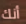
أنك